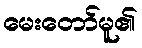
မေးတော်မူ၏